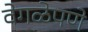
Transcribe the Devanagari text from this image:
वेगळेपणे